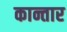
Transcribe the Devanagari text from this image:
कान्तार